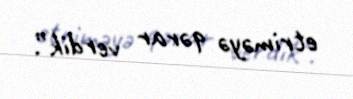
etriməyə qərar verdik”.